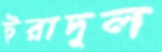
ইরাদুল